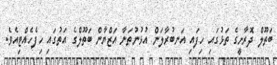
ބަތޫލް ދޮރާށީގެ ތަޅުގައި ހިފައި އަނބުރާލަން އުޅުނުތަނާ އަޒްޔާން ބަތޫލްގެ އަތުގައި ހިފެހެއްޓިއެވެ.